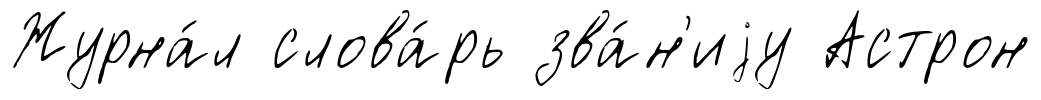
Журна́л слова́рь зва́н'иjу Астрон